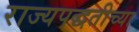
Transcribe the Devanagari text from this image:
राज्यपद्धतीच्या